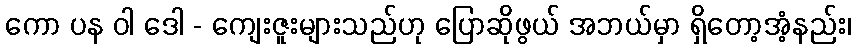
ကော ပန ဝါ ဒေါ - ကျေးဇူးများသည်ဟု ပြောဆိုဖွယ် အဘယ်မှာ ရှိတော့အံ့နည်း၊